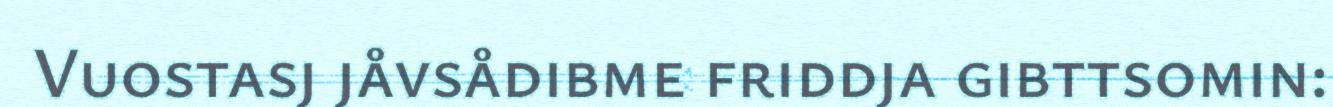
Vuostasj jåvsådibme friddja gibttsomin: